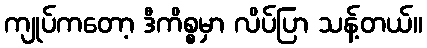
ကျုပ်ကတော့ ဒီကိစ္စမှာ လိပ်ပြာ သန့်တယ်။